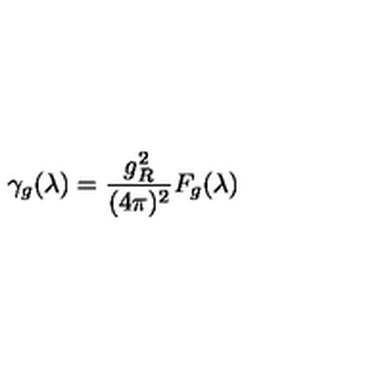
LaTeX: \gamma _ { g } ( \lambda ) = \frac { g _ { R } ^ { 2 } } { ( 4 \pi ) ^ { 2 } } F _ { g } ( \lambda )